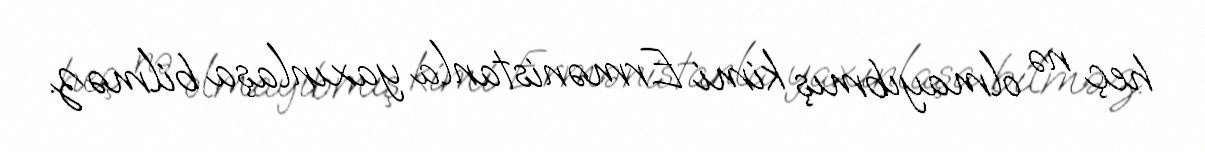
heç nə olmayıbmış kimi Ermənistanla yaxınlaşa bilməz.